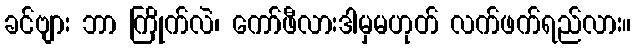
ခင်ဗျား ဘာ ကြိုက်လဲ၊ ကော်ဖီလားဒါမှမဟုတ် လက်ဖက်ရည်လား။